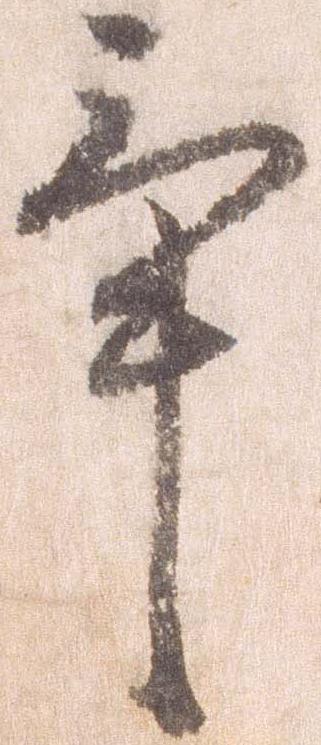
畢